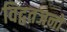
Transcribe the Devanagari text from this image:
विद्वतजनों